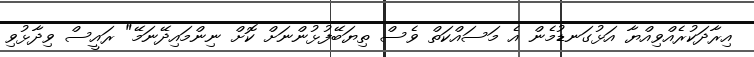
އިރާދަކުރެއްވިއްޔާ އަޅުގަނޑުމެން އެ މަސައްކަތް ވެސް ތިޔަބޭފުޅުންނަށް ކޮށް ނިންމައިދޭނަމޭ" ރައީސް ވިދާޅުވި